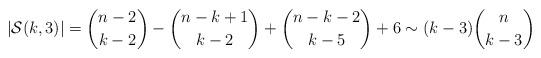
LaTeX: \begin{align*}\begin{aligned}|\mathcal S(k,3)|=\binom{n-2}{k-2}-\binom{n-k+1}{k-2}+\binom{n-k-2}{k-5}+6\sim(k-3)\binom{n}{k-3} \end{aligned}\end{align*}